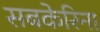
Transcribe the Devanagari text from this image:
सबकेरिना